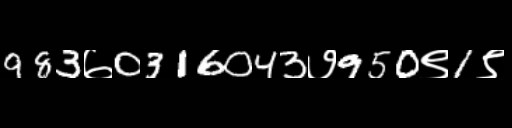
Text: 983७0316043७950९1९